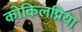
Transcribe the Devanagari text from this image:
कोकिलप्रिया